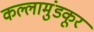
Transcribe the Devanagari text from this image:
कल्लामुंडकूर